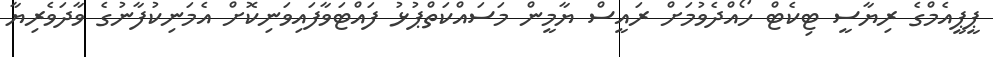
ޕީޕީއެމްގެ ރިޔާސީ ޓިކެޓް ހޯއްދެވުމަށް ރައީސް ޔާމީން މަސައްކަތްޕުޅު ފައްޓަވާފައިވަނިކޮށް އެމަނިކުފާނުގެ ވާދަވެރިޔާ